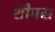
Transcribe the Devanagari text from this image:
शीमस